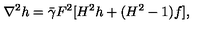
\nabla ^ { 2 } h = \bar { \gamma } F ^ { 2 } [ H ^ { 2 } h + ( H ^ { 2 } - 1 ) f ] ,